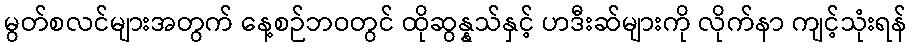
မွတ်စလင်များအတွက် နေ့စဉ်ဘဝတွင် ထိုဆွန္နသ်နှင့် ဟဒီးဆ်များကို လိုက်နာ ကျင့်သုံးရန်